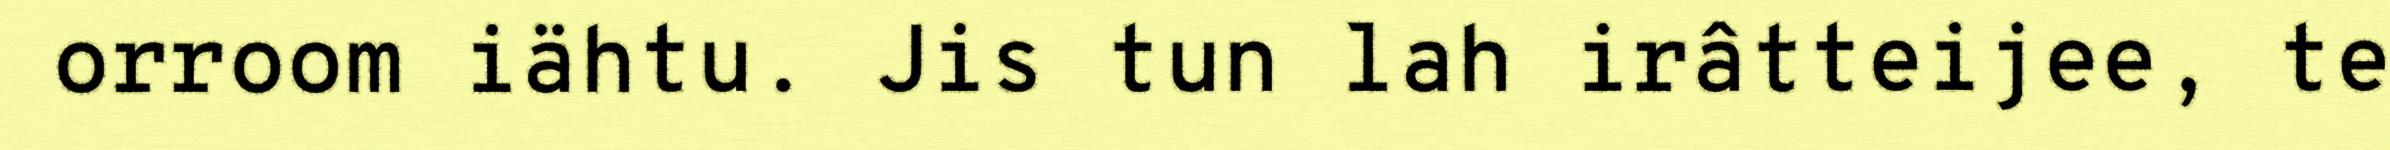
orroom iähtu. Jis tun lah irâtteijee, te